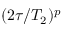
( 2 \tau / T _ { 2 } ) ^ { p }